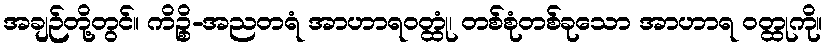
အချဉ်တို့တွင်။ ကိဉ္စိ-အညတရံ အာဟာရဝတ္ထုံ၊ တစ်စုံတစ်ခုသော အာဟာရ ဝတ္ထုကို။